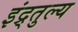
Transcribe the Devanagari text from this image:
इंद्र्तुल्य